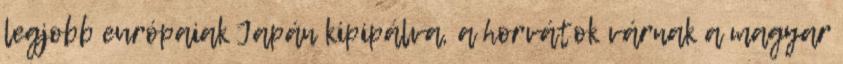
legjobb európaiak Japán kipipálva, a horvátok várnak a magyar